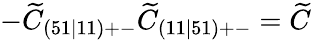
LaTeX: -\widetilde{C}_{(51\mid 11)+-}\widetilde{C}_{(11\mid 51)+-}=\widetilde{C}